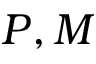
P , M